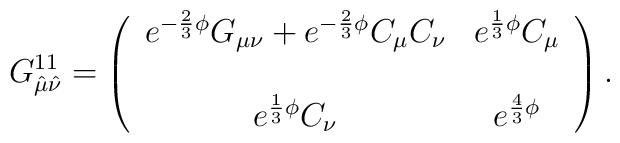
G^{11}_{\hat\mu\hat\nu}=\left( \begin{array}{cc} e^{-\frac{2}{3}\phi}G_{\mu\nu}+e^{-\frac{2}{3}\phi}C_{\mu}C_{\nu} &  e^{\frac{1}{3}\phi}C_{\mu} \\ & \\e^{\frac{1}{3}\phi}C_{\nu} & e^{\frac{4}{3}\phi} \end{array}    \right).